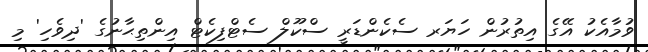
ވުމާއެކު އޭގެ އިތުރުން ހަޔަރ ސެކެންޑަރީ ސްކޫލް ސެޓްފިކެޓް އިންތިޙާނުގެ 'ދިވެހި' މި